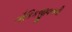
લૌકિકજીવનની